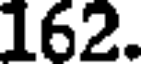
162.